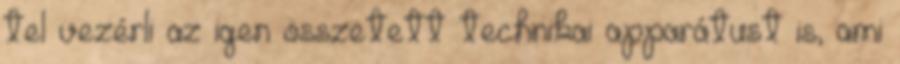
tel vezérli az igen összetett technikai apparátust is, ami